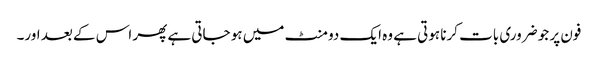
فون پر جو ضروری بات کرنا ہوتی ہے وہ ایک دو منٹ میں ہو جاتی ہے پھر اس کے بعد اور۔